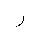
Letter: _ra